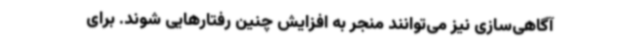
آگاهی‌سازی نیز می‌توانند منجر به افزایش چنین رفتارهایی شوند. برای